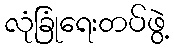
လုံခြုံရေးတပ်ဖွဲ့